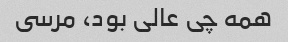
همه چى عالى بود، مرسى